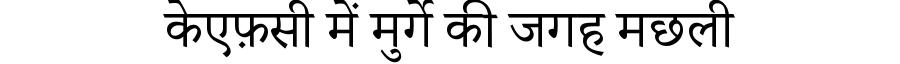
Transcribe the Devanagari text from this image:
केएफ़सी में मुर्गे की जगह मछली